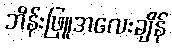
ဘိန်းဖြူအလေးချိန်